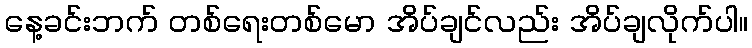
နေ့ခင်းဘက် တစ်ရေးတစ်မော အိပ်ချင်လည်း အိပ်ချလိုက်ပါ။